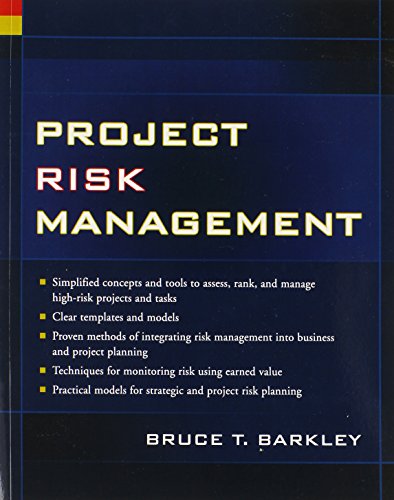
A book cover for Project Risk Management (Project Management); Bruce Barkley; Business & Money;